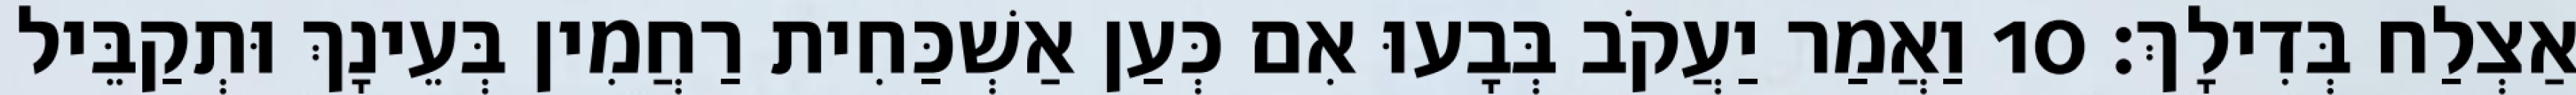
אַצְלַח בְּדִילָךְ׃ 10 וַאֲמַר יַעֲקֹב בְּבָעוּ אִם כְּעַן אַשְׁכַּחִית רַחֲמִין בְּעֵינָךְ וּתְקַבֵּיל